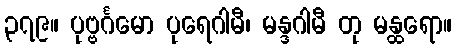
၃၇၉။ ပုဗ္ဗင်္ဂမော ပုရေဂါမီ၊ မန္ဒဂါမီ တု မန္ထရော။